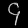
Digit: ၄